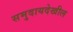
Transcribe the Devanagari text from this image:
समुदायदेखील